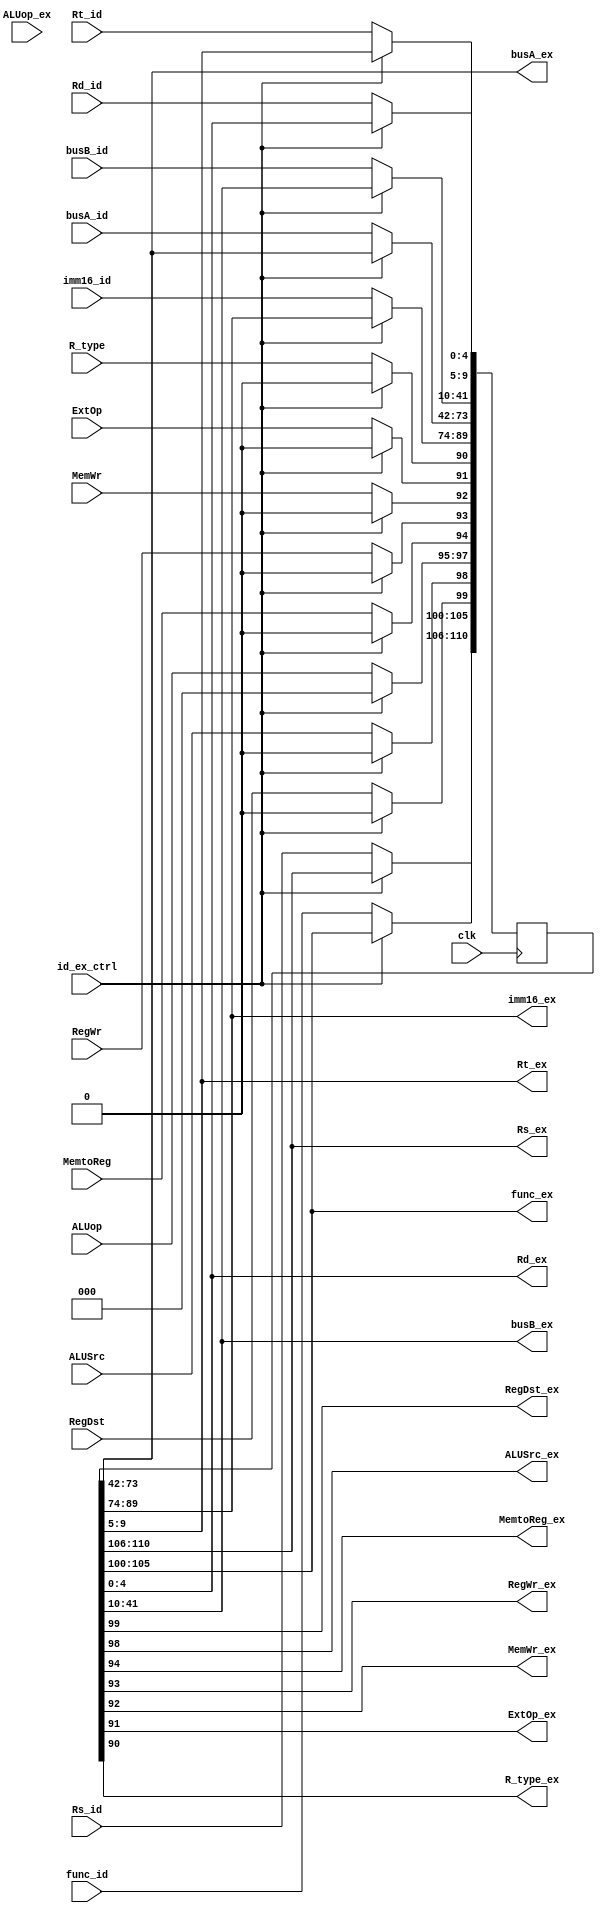
//IDEX

module IDEx(id_ex_ctrl,clk,imm16_id,busA_id,busB_id,Rs_id,Rt_id,Rd_id,func_id,imm16_ex,busA_ex,busB_ex,Rs_ex,Rt_ex,Rd_ex,func_ex,
	RegDst,ALUSrc,ALUop,MemtoReg,RegWr,MemWr,ExtOp,R_type,
	RegDst_ex,ALUSrc_ex,ALUop_ex,MemtoReg_ex,RegWr_ex,MemWr_ex,ExtOp_ex,R_type_ex);
	input clk;
	input id_ex_ctrl;		//id ex
	input [15:0]imm16_id;	//id
	input [31:0]busA_id,busB_id;
	input [4:0]Rs_id,Rt_id,Rd_id;
	input [5:0]func_id;
	input RegDst,ALUSrc,MemtoReg,RegWr,MemWr,ExtOp,R_type;	//
	input [2:0]ALUop,ALUop_ex;	//ex
	reg [110:0]regs;
	output [15:0]imm16_ex;
	output [31:0]busA_ex,busB_ex;
	output [4:0]Rs_ex,Rt_ex,Rd_ex;
	output [5:0]func_ex;
	output RegDst_ex,ALUSrc_ex,MemtoReg_ex,RegWr_ex,MemWr_ex,ExtOp_ex,R_type_ex;
	always @(negedge clk)	//
	begin			
		if(id_ex_ctrl)
			regs[99:90]=0;
		else
		begin				//id
			regs[110:106]=Rs_id;
			regs[105:100]=func_id;
			regs[99]=RegDst;
			regs[98]=ALUSrc;
			regs[97:95]=ALUop;
			regs[94]=MemtoReg;
			regs[93]=RegWr;
			regs[92]=MemWr;
			regs[91]=ExtOp;
			regs[90]=R_type;
			regs[89:74]=imm16_id;
			regs[73:42]=busA_id;
			regs[41:10]=busB_id;
			regs[9:5]=Rt_id;
			regs[4:0]=Rd_id;
		end
	end
	assign Rs_ex=regs[110:106];		//idex
	assign func_ex=regs[105:100];
	assign RegDst_ex=regs[99];
	assign ALUSrc_ex=regs[98];
	assign ALUop_ex=regs[97:95];
	assign MemtoReg_ex=regs[94];
	assign RegWr_ex=regs[93];
	assign MemWr_ex=regs[92];
	assign ExtOp_ex=regs[91];
	assign R_type_ex=regs[90];
	assign imm16_ex=regs[89:74];
	assign busA_ex=regs[73:42];
	assign busB_ex=regs[41:10];
	assign Rt_ex=regs[9:5];
	assign Rd_ex=regs[4:0];

endmodule